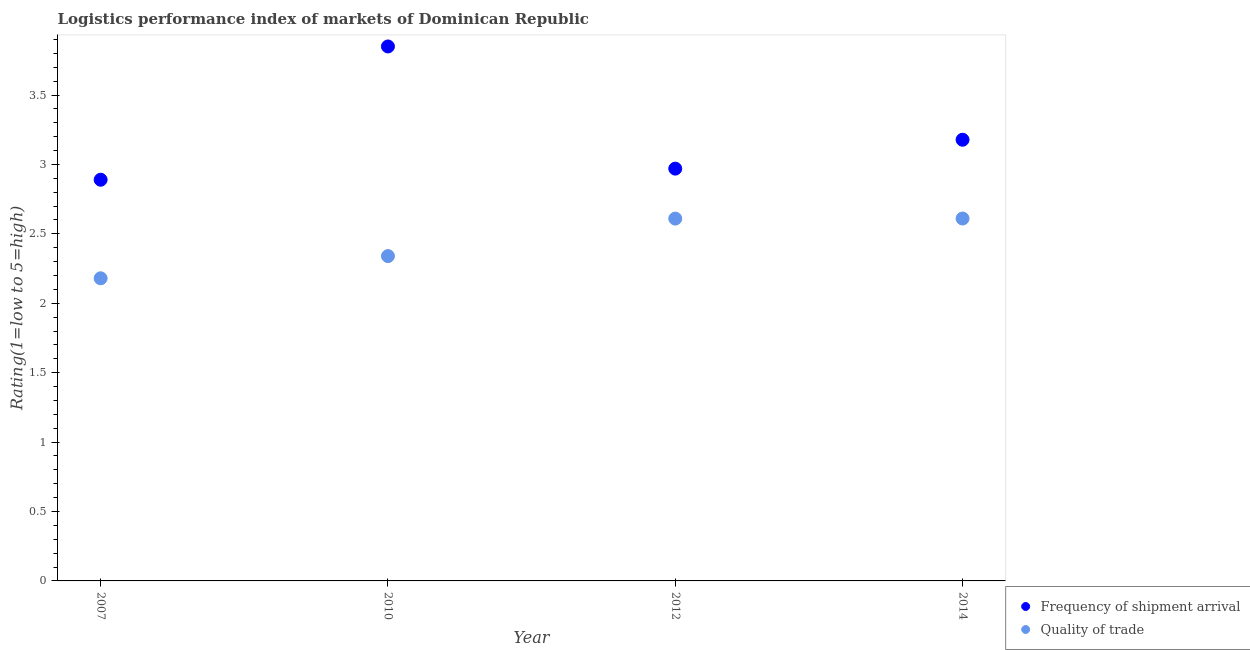
| Year | Frequency of shipment arrival | Quality of trade |
 | --- | --- | --- |
 | 2007 | 2.89 | 2.18 |
 | 2010 | 3.85 | 2.34 |
 | 2012 | 2.97 | 2.61 |
 | 2014 | 3.18 | 2.61 |